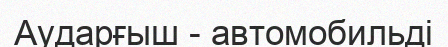
Аударғыш - автомобильді